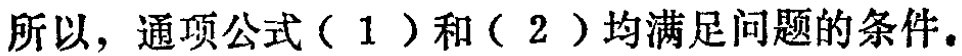
所以，通项公式（1）和（2）均满足问题的条件。